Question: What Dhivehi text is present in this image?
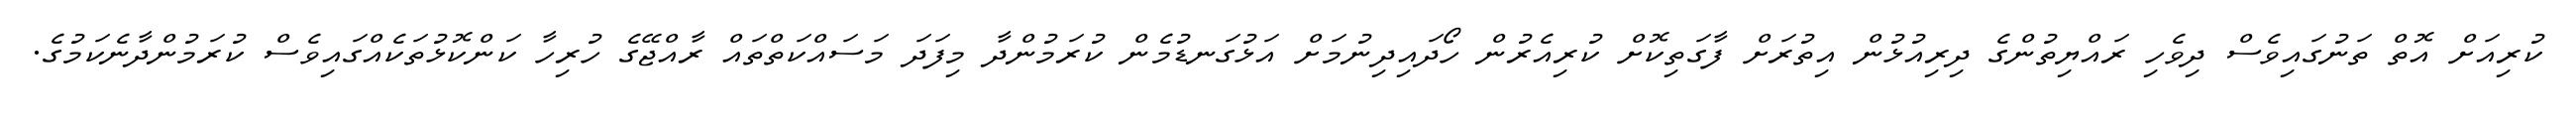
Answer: ކުރިއަށް އޮތް ތަނުގައިވެސް ދިވެހި ރައްޔިތުންގެ ދިރިއުޅުން އިތުރަށް ފާގަތިކޮށް ކުރިއެރުން ހޯދައިދިނުމަށް އަޅުގަނޑުމެން ކުރަމުންދާ މިފަދަ މަސައްކަތްތައް ރާއްޖޭގެ ހުރިހާ ކަންކޮޅުތަކެއްގައިވެސް ކުރަމުންދާނެކަމުގެ.